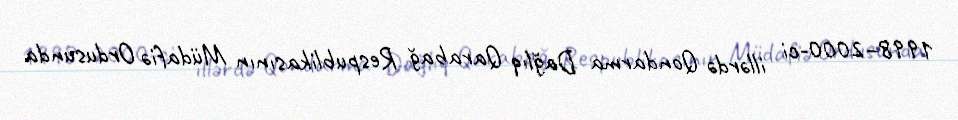
1998–2000-ci illərdə Qondarma Dağlıq Qarabağ Respublikasının Müdafiə Ordusunda